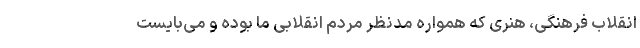
انقلاب فرهنگی، هنری که همواره مدنظر مردم انقلابی ما بوده و می‌بایست